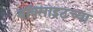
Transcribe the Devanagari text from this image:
बॉक्साइटच्या